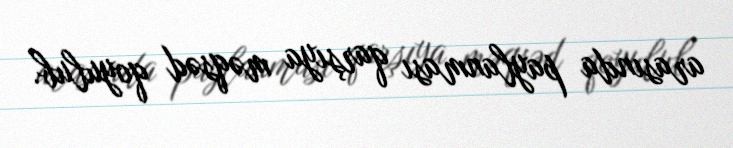
arasında paylanması qarşıya məqsəd qoyulub.